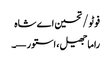
فوٹو/ تحسین اے شاہ
راما جھیل، استور—۔